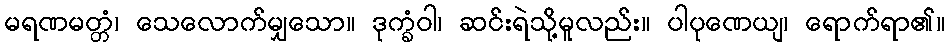
မရဏမတ္တံ၊ သေလောက်မျှသော။ ဒုက္ခံဝါ၊ ဆင်းရဲသို့မူလည်း။ ပါပုဏေယျ၊ ရောက်ရာ၏။